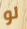
لو